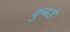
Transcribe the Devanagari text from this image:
कुबडे